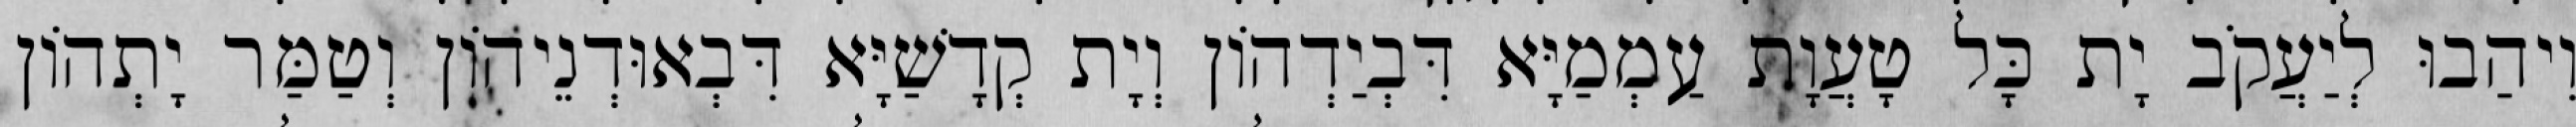
וִיהַבוּ לְיַעֲקֹב יָת כָּל טָעֲוָת עַמְמַיָּא דִּבְיַדְהוֹן וְיָת קְדָשַׁיָּא דִּבְאוּדְנֵיהוֹן וְטַמַּר יָתְהוֹן